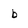
Character: b